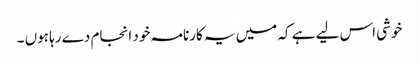
خوشی اس لیے ہے کہ میں یہ کارنامہ خود انجام دے رہا ہوں ۔